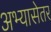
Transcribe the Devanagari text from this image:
अभ्यासेतर